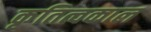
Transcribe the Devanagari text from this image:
कृतित्वकाल